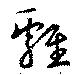
雞